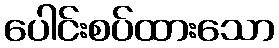
ပေါင်းစပ်ထားသော